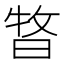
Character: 𣈊